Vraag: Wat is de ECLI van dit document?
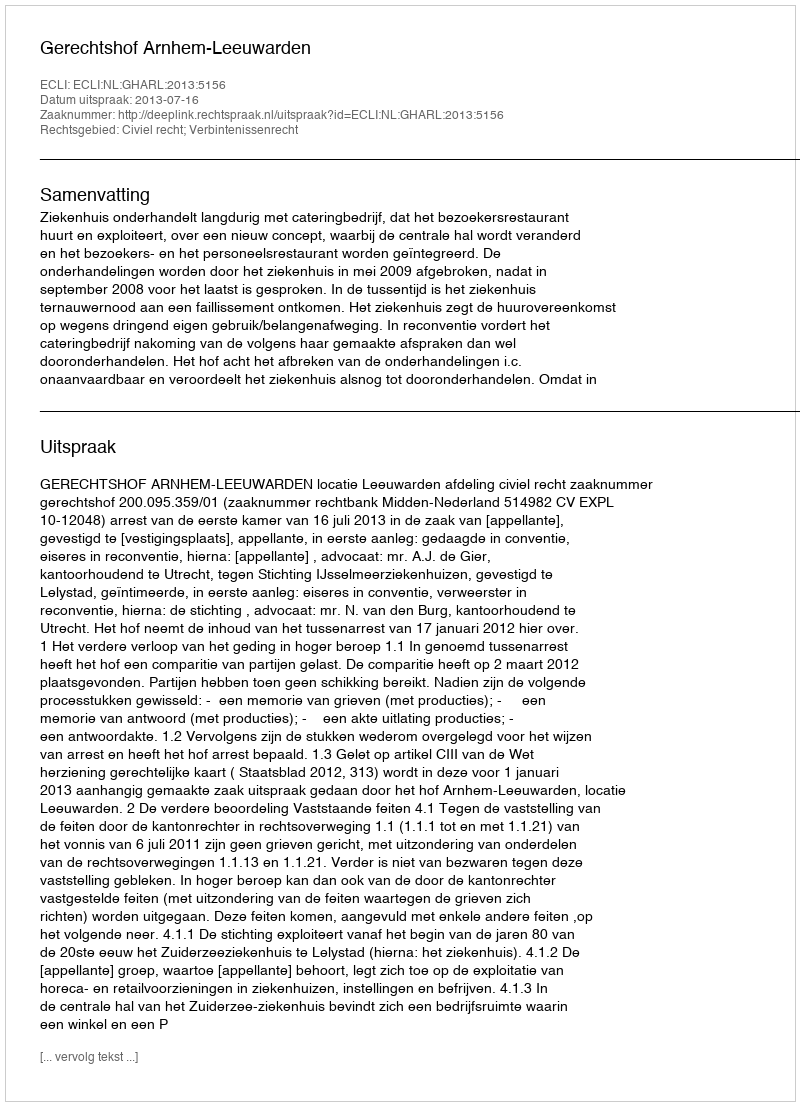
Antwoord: ECLI:NL:GHARL:2013:5156